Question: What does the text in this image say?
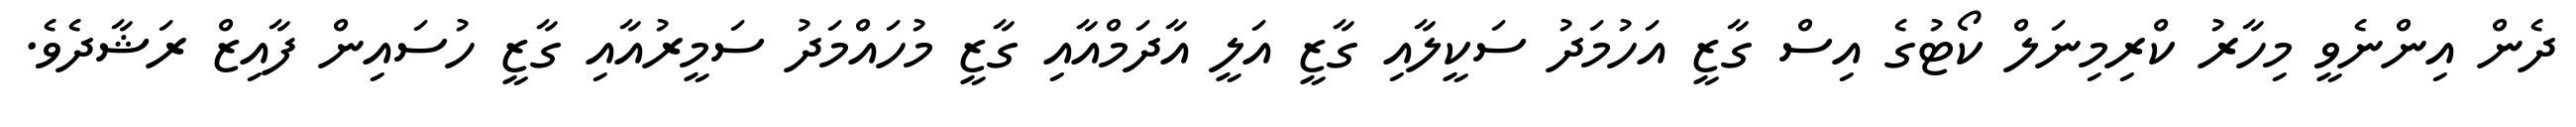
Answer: ދެން އިންނެވީ މިހާރު ކްރިމިނަލް ކޯޓުގެ އިސް ގާޒީ އަހުމަދު ސަކީލާއި ގާޒީ އަލީ އާދަމްއާއި ގާޒީ މުހައްމަދު ސަމީރުއާއި ގާޒީ ހުސައިން ފާއިޒް ރަޝާދެވެ.